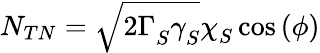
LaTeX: N_{TN}=\sqrt{2\Gamma_{S}^{}\gamma_{S}^{}}\chi_{S}^{}\cos{(\phi)}